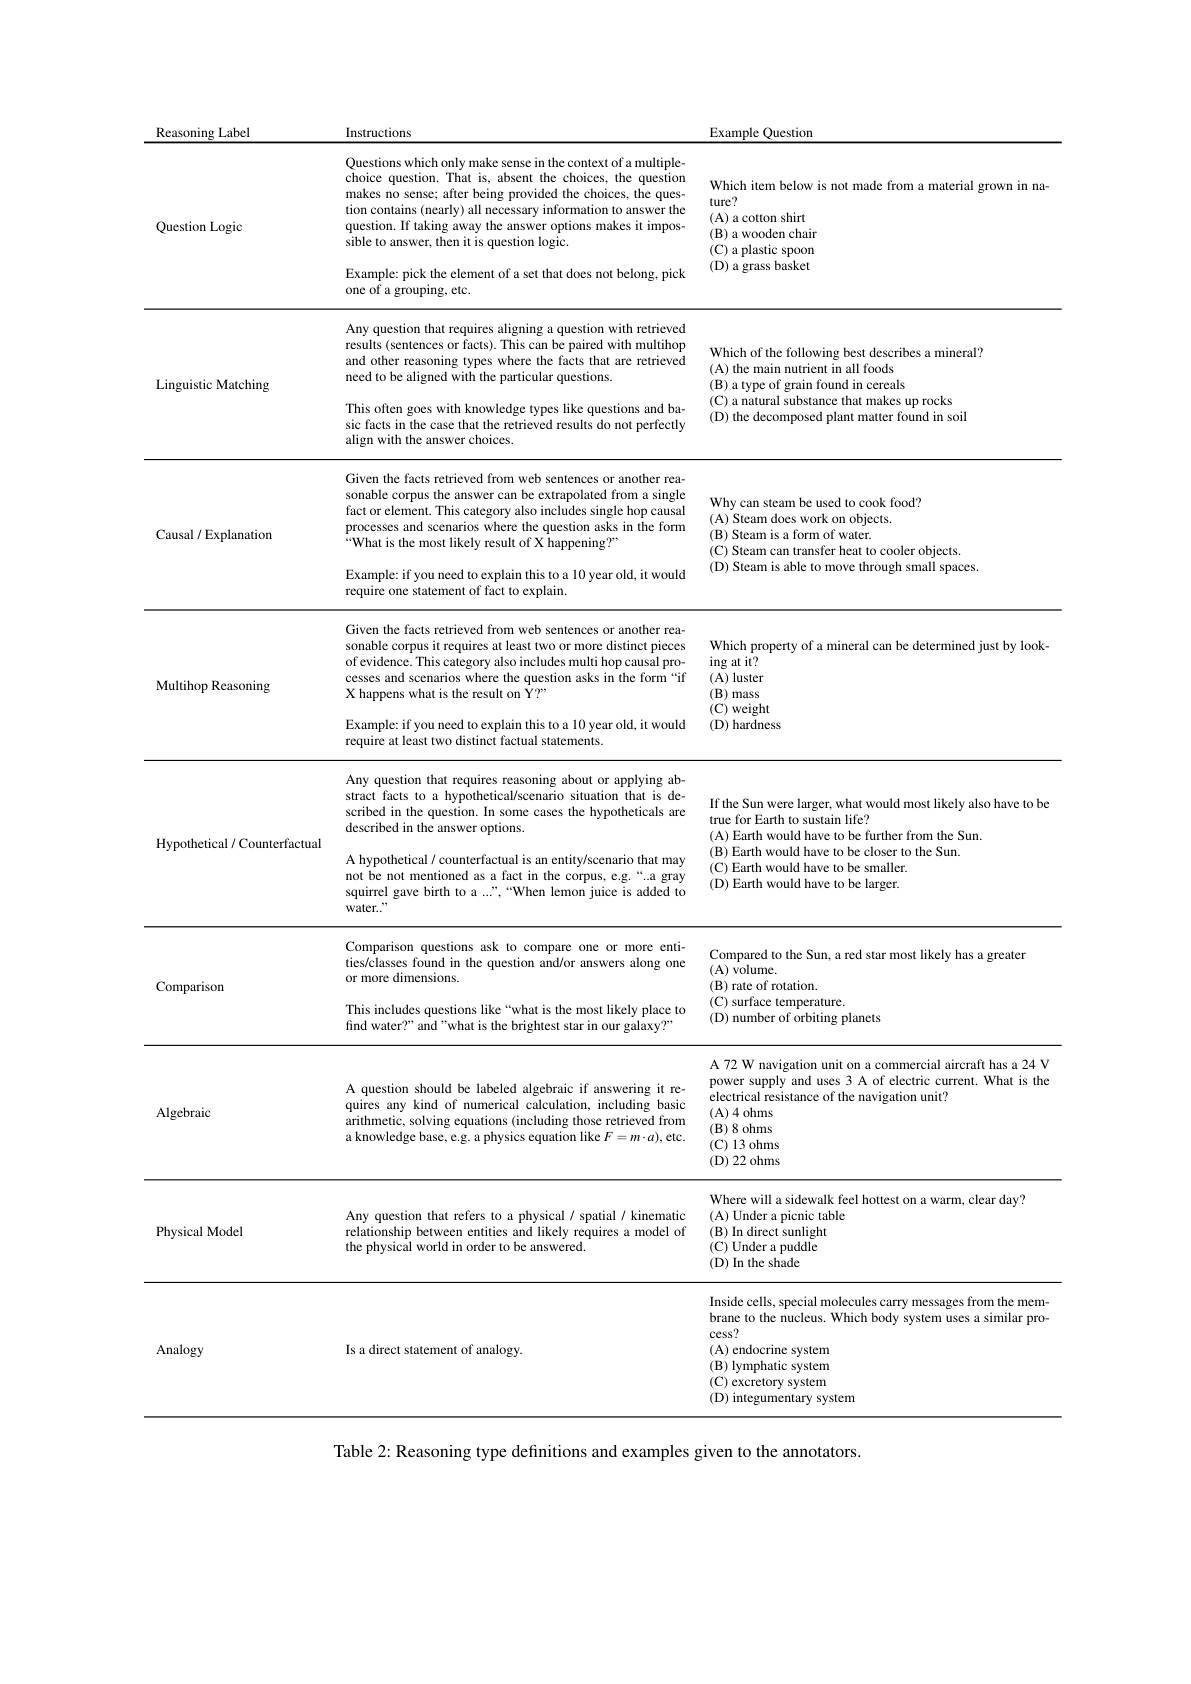
<table>
	<tbody>
		<tr>
			<th>Reasoning Label</th>
			<th>Instructions</th>
			<th>Example Question</th>
		</tr>
		<tr>
			<td>Question Logic</td>
			<td>Questions which only make sense in the context of a multiple- choice question. That is, absent the choices, the question makes no sense; after being provided the choices, the ques- tion contains (nearly) all necessary information to answer the question. If taking away the answer options makes it impos- sible to answer, then it is question logic. Example: pick the element of a set that does not belong, pick</td>
			<td>Which item below is not made from a material grown in na- ture? (A) a cotton shirt $(\mathbf{B})$ a wooden chair $(\mathbf{C})$ a plastic spoon (D) a grass basket</td>
		</tr>
		<tr>
			<td> </td>
			<td>$5Xt$ ampit le: pick the element of a set that does not belong, pick one of a grouping, etc.</td>
			<td> </td>
		</tr>
		<tr>
			<td rowspan="2">Linguistic Matching</td>
			<td>Any question that requires aligning a question with retrieved results (sentences or facts). This can be paired with multihop and other reasoning types where the facts that are retrieved need to be aligned with the particular questions.</td>
			<td>Which of the following best describes a mineral? (A) the main nutrient in all foods $(\mathbf{B})$ a type of grain found in cereals</td>
		</tr>
		<tr>
			<td>This often goes with knowledge types like questions and ba- sic facts in the case that the retrieved results do not perfectly align with the answer choices.</td>
			<td>$(\mathbf{C})$ a natural substance that makes up rocks (D) the decomposed plant matter found in soil</td>
		</tr>
		<tr>
			<td rowspan="2">Causal/Explanation</td>
			<td>Given the facts retrieved from web sentences or another rea- sonable corpus the answer can be extrapolated from a single fact or element. This category also includes single hop causal processes and scenarios where the question asks in the form “What is the most likely result of X happening?</td>
			<td>Why can steam be used to cook food? (A) Steam does work on objects. (B) Steam is a form of water. $(\mathbf{C})$ Steam can transfer heat to cooler objects.</td>
		</tr>
		<tr>
			<td>Example: if you need to explain this to a 10 year old, it would require one statement of fact to explain</td>
			<td>(D) Steam is able to move through small spaces</td>
		</tr>
		<tr>
			<td rowspan="1">Multihop Reasoning</td>
			<td>Given the facts retrieved from web sentences or another rea- sonable corpus it requires at least two or more distinct pieces of evidence. This category also includes multi hop causal pro- cesses and scenarios where the question asks in the form“if X happens what is the result on Y?"</td>
			<td>Which property of a mineral can be determined just by look- ing at it? (A) luster $(\mathbf{B})$ mass (C) weight</td>
		</tr>
		<tr>
			<td> </td>
			<td>require at least two distinct factual statements. Any question that requires reasoning about or applying ab-</td>
			<td> </td>
		</tr>
		<tr>
			<td rowspan="1">Hypothetical / Counterfactual</td>
			<td>4ucst Jut 01 appry stract facts to a hypothetical/scenario situation that is de- scribed in the question. In some cases the hypotheticals are described in the answer options. A hypothetical / counterfactual is an entity/scenario that may not be not mentioned as a fact in the corpus, e.g.“.a gray squirrel gave birth to a ...",“When lemon juice is added to</td>
			<td>If the Sun were larger, what would most likely also have to be true for Earth to sustain life? (A) Earth would have to be further from the Sun. (B) Earth would have to be closer to the Sun. (C) Earth would have to be smaller. (D) Earth would have to be larger.</td>
		</tr>
		<tr>
			<td> </td>
			<td>Water.. Comparison questions ask to compare one or more enti- ties/classes found in the auestion $10nd/\omega$ answers along one</td>
			<td>Compared to the Sun, a red star most likely has a greater</td>
		</tr>
		<tr>
			<td rowspan="1">Comparison</td>
			<td>ties/classes found in the question and/or answers along one or more dimensions. This includes questions like“what is the most likely place to find water?" and "what is the brightest star in our galaxy?"</td>
			<td>Compared to the Sun, a red star most likely has a greaten (A) volume. $(\mathbf{B})$ rate of rotation. (C) surface temperature. (D) number of orbiting planets</td>
		</tr>
		<tr>
			<td>Algebraic</td>
			<td>A question should be labeled algebraic if answering it re- quires any kind of numerical calculation, including basic arithmetic, solving equations (including those retrieved from a knowledge base, e.g. a physics equation like $F=m\cdot a)$, etc.</td>
			<td>A 72 W navigation unit on a commercial aircraft has a 24 V power supply and uses 3 A of electric current. What is the electrical resistance of the navigation unit? (A)4 ohms $( \mathbf{B} )$ 8 ohms $(\mathbf{C})13$ ohms (D) 22 ohms</td>
		</tr>
		<tr>
			<td>Physical Model</td>
			<td>Any question that refers to a physical/ spatial/ kinematic relationship between entities and likely requires a model of the physical world in order to be answered.</td>
			<td>Where will a sidewalk feel hottest on a warm, clear day? (A)  Under a picnic table $(\mathbf{B})$ In direct sunlight $(\mathbf{C})$ Under a puddle (D) In the shade</td>
		</tr>
	</tbody>
</table>

Inside cells, special molecules carry messages from the membrane to the nucleus. Which body system uses a similar pro-

cess?

Is a direct statement of analogy

Analogy

(A) endocrine system

$(\mathbf{B})$ lymphatic system

(C) excretory system

(D) integumentary system

Table 2: Reasoning type definitions and examples given to the annotators.